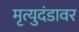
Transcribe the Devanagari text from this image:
मृत्युदंडावर